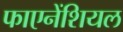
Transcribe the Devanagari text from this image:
फाएनेंशियल